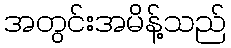
အတွင်းအမိန့်သည်